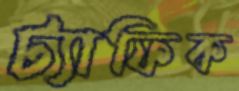
ট্যাফিক